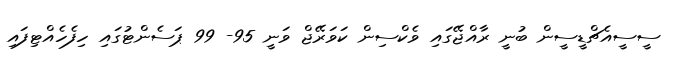
ސީސީއެޗްޑީސީން ބުނީ ރާއްޖޭގައި ވެކްސިން ކަވަރޭޖް ވަނީ 95- 99 ޕަސެންޓުގައި ހިފެހެއްޓިފައި